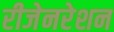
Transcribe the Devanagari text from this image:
रीजेनरेशन